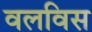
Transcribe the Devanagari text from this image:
वलविस